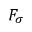
F _ { \sigma }